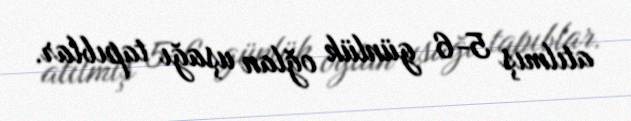
atılmış 5-6 günlük oğlan uşağı tapıblar.